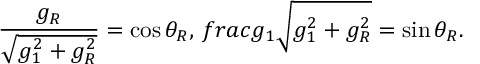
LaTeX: \frac { g _ { R } } { \sqrt { g _ { 1 } ^ { 2 } + g _ { R } ^ { 2 } } } = \cos \theta _ { R } , \, f r a c { g _ { 1 } } { \sqrt { g _ { 1 } ^ { 2 } + g _ { R } ^ { 2 } } } = \sin \theta _ { R } .